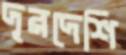
দূরদেশি